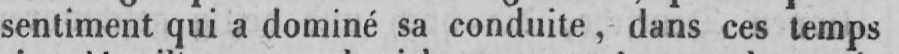
sentiment qui a dominé sa conduite, dans ces temps